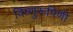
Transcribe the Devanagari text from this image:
विष्णुरूपिणी